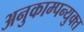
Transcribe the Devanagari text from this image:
अनुकाम्पन्युक्त